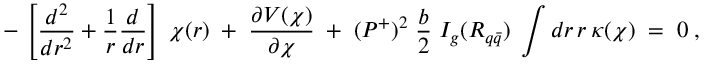
- \, \left[ \frac { d ^ { 2 } } { d r ^ { 2 } } + \frac { 1 } { r } \frac { d } { d r } \right] \; \chi ( r ) \; + \; \frac { \partial V ( \chi ) } { \partial \chi } \; + \; ( P ^ { + } ) ^ { 2 } \; \frac { b } { 2 } \; I _ { g } ( R _ { q \bar { q } } ) \; \int d r \, r \, \kappa ( \chi ) \; = \; 0 \; ,